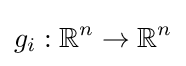
g_{i}:\mathbb {R} ^{n}\to \mathbb {R} ^{n}